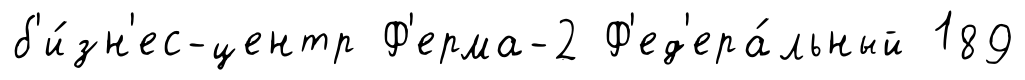
б'и́зн'ес-центр Ф'ерма-2 Ф'ед'ера́льный 189